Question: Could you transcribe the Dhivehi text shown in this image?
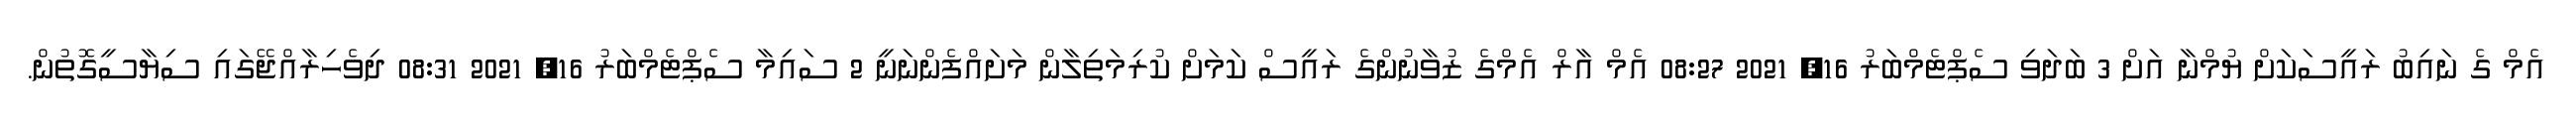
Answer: އެމް ގެ ނައިބު ރައީސަކަށް ޔުމްނާ އަށް 3 ބަދަވި ސެޕްޓެމްބަރު 16, 2021 08:27 އެމް އާރް އެމްގެ ޒުވާނުންގެ ރައީސް ކަމަށް ކުރިމަތިލާން މަށައްފެންނަނީ 2 ސައިމާ ސެޕްޓެމްބަރު 16, 2021 08:31 ދިވެހިރާއްޖޭގައި ސިޔާސީގޮތުން.